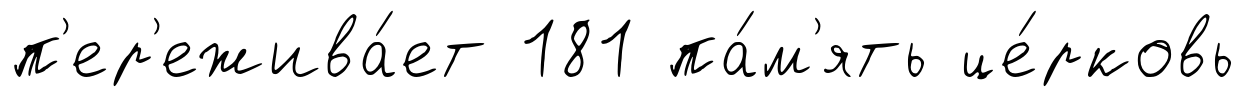
п'ер'ежива́ет 181 па́м'ять це́рковь